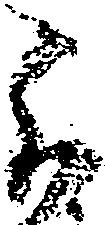
不